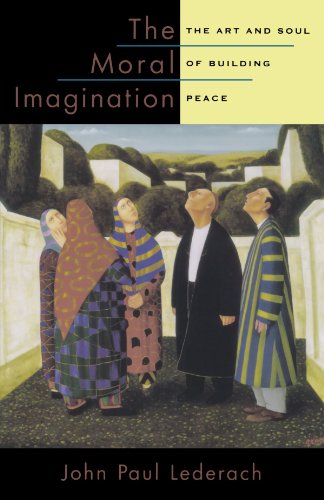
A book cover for The Moral Imagination: The Art and Soul of Building Peace; John Paul Lederach; Religion & Spirituality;